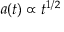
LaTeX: a ( t ) \propto t ^ { 1 / 2 }